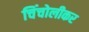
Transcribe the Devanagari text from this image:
चिंचोलीकर